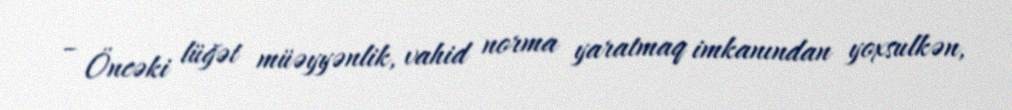
– Öncəki lüğət müəyyənlik, vahid norma yaratmaq imkanından yoxsulkən,